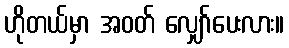
ဟိုတယ်မှာ အဝတ် လျှော်ပေးလား။